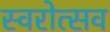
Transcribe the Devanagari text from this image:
स्वरोत्सव